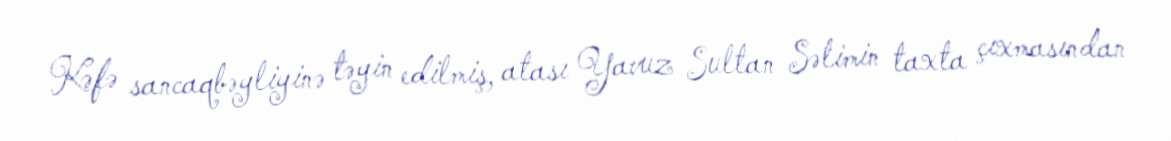
Kəfə sancaqbəyliyinə təyin edilmiş, atası Yavuz Sultan Səlimin taxta çıxmasından